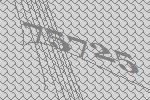
75725